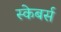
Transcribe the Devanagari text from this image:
स्केबर्स